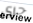
حرى